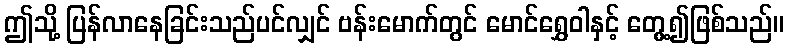
ဤသို့ ပြန်လာနေခြင်းသည်ပင်လျှင် ဗန်းမောက်တွင် မောင်ရွှေဝါနှင့် တွေ့၍ဖြစ်သည်။